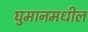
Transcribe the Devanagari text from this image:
घुमानमधील